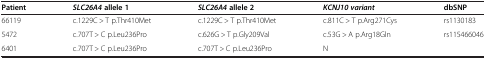
<table><thead><tr><td><b>Patient</b></td><td><b><i>SLC26A4</i>allele 1</b></td><td><b><i>SLC26A4</i>allele 2</b></td><td><b><i>KCNJ10 variant</i></b></td><td><b>dbSNP</b></td></tr></thead><tbody><tr><td>66119</td><td>c.1229C &gt; T p.Thr410Met</td><td>c.1229C &gt; T p.Thr410Met</td><td>c.811C &gt; T p.Arg271Cys</td><td>rs1130183</td></tr><tr><td>5472</td><td>c.707T &gt; C p.Leu236Pro</td><td>c.626G &gt; T p.Gly209Val</td><td>c.53G &gt; A p.Arg18Gln</td><td>rs115466046</td></tr><tr><td>6401</td><td>c.707T &gt; C p.Leu236Pro</td><td>c.707T &gt; C p.Leu236Pro</td><td>N</td><td> </td></tr></tbody></table>